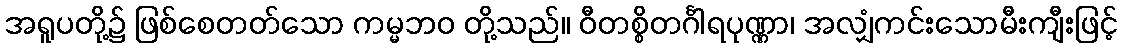
အရူပတို့၌ ဖြစ်စေတတ်သော ကမ္မဘဝ တို့သည်။ ဝီတစ္စိတင်္ဂါရပုဏ္ဏာ၊ အလျှံကင်းသောမီးကျီးဖြင့်